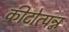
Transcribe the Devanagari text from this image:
कीटोत्पन्न